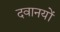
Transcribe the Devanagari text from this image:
दवानयों